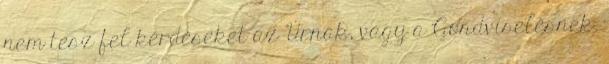
nem tesz fel kérdéseket az Úrnak, vagy a Gondviselésnek.